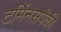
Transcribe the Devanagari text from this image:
टर्मिनसपैकी